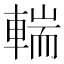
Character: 輲